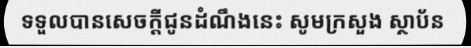
ទទួលបានសេចក្តីជូនដំណឹងនេះ សូមក្រសួង ស្ថាប័ន